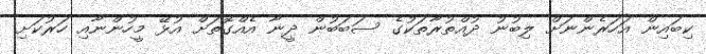
ކިބައިން އަހަރެންނަށް ލިބުނު ދުއްތުރާތަކުގެ ސަބަބުން ދީނާ އެއްގޮތަށް އުޅޭ މީހުންނާއި ހަރުކަށި